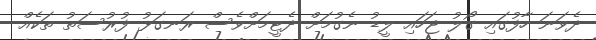
ދެވަނަ ހާފުގައި ގޯލު ޖަހައި ލީޑު ނެގުމަށް ދެޓީމަށްވެސް ރަނގަޅު ފުރުސަތު ތަކެއް